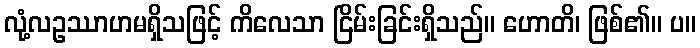
လုံ့လဥဿာဟမရှိသဖြင့် ကိလေသာ ငြိမ်းခြင်းရှိသည်။ ဟောတိ၊ ဖြစ်၏။ ပ။